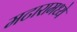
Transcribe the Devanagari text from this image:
मटारामध्ये